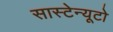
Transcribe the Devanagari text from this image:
सास्टेन्यूटो